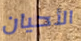
الأحيان